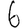
Digit: 6